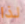
لذا